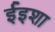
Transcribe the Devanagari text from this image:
ईइशा